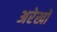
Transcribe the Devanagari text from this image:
अरेखों